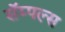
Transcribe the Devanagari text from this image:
सॅम्पल्स